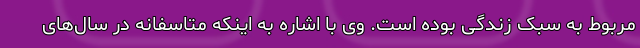
مربوط به سبک زندگی بوده است. وی با اشاره به اینکه متاسفانه در سال‌های